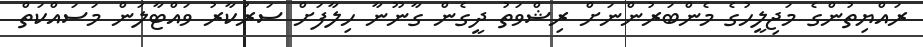
ރައްޔިތުންގެ މަޖިލީހުގެ މެންބަރުންނަށް ރިޝްވަތު ދީގެން ގާނޫނާ ހިލާފަށް ސަރުކާރު ވައްޓާލަން މަސައްކަތް